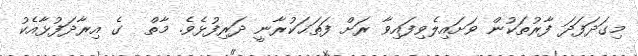
މިގަދަފަދަ ފާރުތަކުން ވަށައިލެވިފައިވާ ރަށް ފަތަޙަކުރާނީ ދަރިފުޅެވެ. މާތް  ގެ އިރާދަފުޅާއެކު